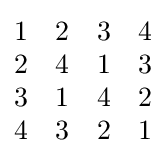
{\begin{matrix}1&2&3&4\\2&4&1&3\\3&1&4&2\\4&3&2&1\end{matrix}}